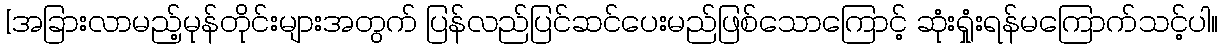
[အခြားလာမည့်မုန်တိုင်းများအတွက် ပြန်လည်ပြင်ဆင်ပေးမည်ဖြစ်သောကြောင့် ဆုံးရှုံးရန်မကြောက်သင့်ပါ။